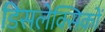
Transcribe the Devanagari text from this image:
डिसलेक्सिकों